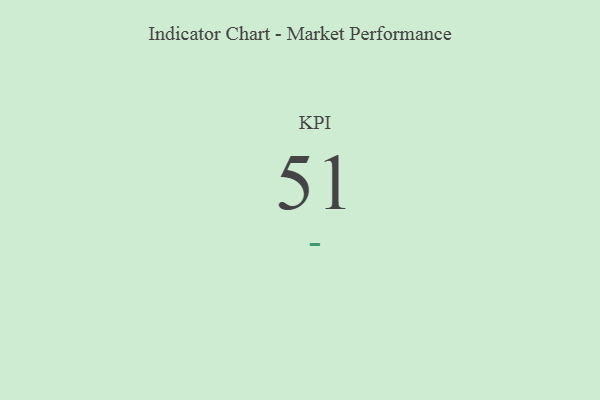
{"axis": {"x": "KPI", "y": "Value"}, "legend": [""], "data": [{"x": "KPI", "y": 51, "type": ""}]}